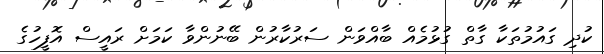
ކުދި ގައުުމުތަކާ ގާތް ގުޅުމެއް ބާއްވަން ސަރުކާރުން ބޭނުންވާ ކަމަށް ރައީސް އޮފީހުގެ